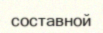
составной